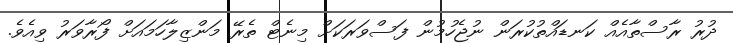
ދުރު ރާސްތާއެއް ކަނޑައްތުކުރަން ނުޖެހުމުން ފަސްވަރަކަށް މިނެޓް ތެރޭ މަންޒިލާހަމައަށް ފޯރާވަރު ވިއެވެ.